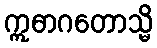
ဣဓာဂတောသ္မိ